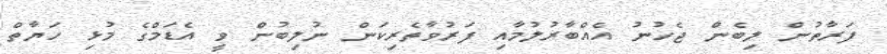
ފަރާތުން ލިބެން ޖެހުނު އެއްބާރުލުމާއި ފަރުވާތެރިކަން ނުލިބުން ވީ އެޑަމްގެ މުޅި ހަޔާތް